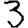
Digit: 3